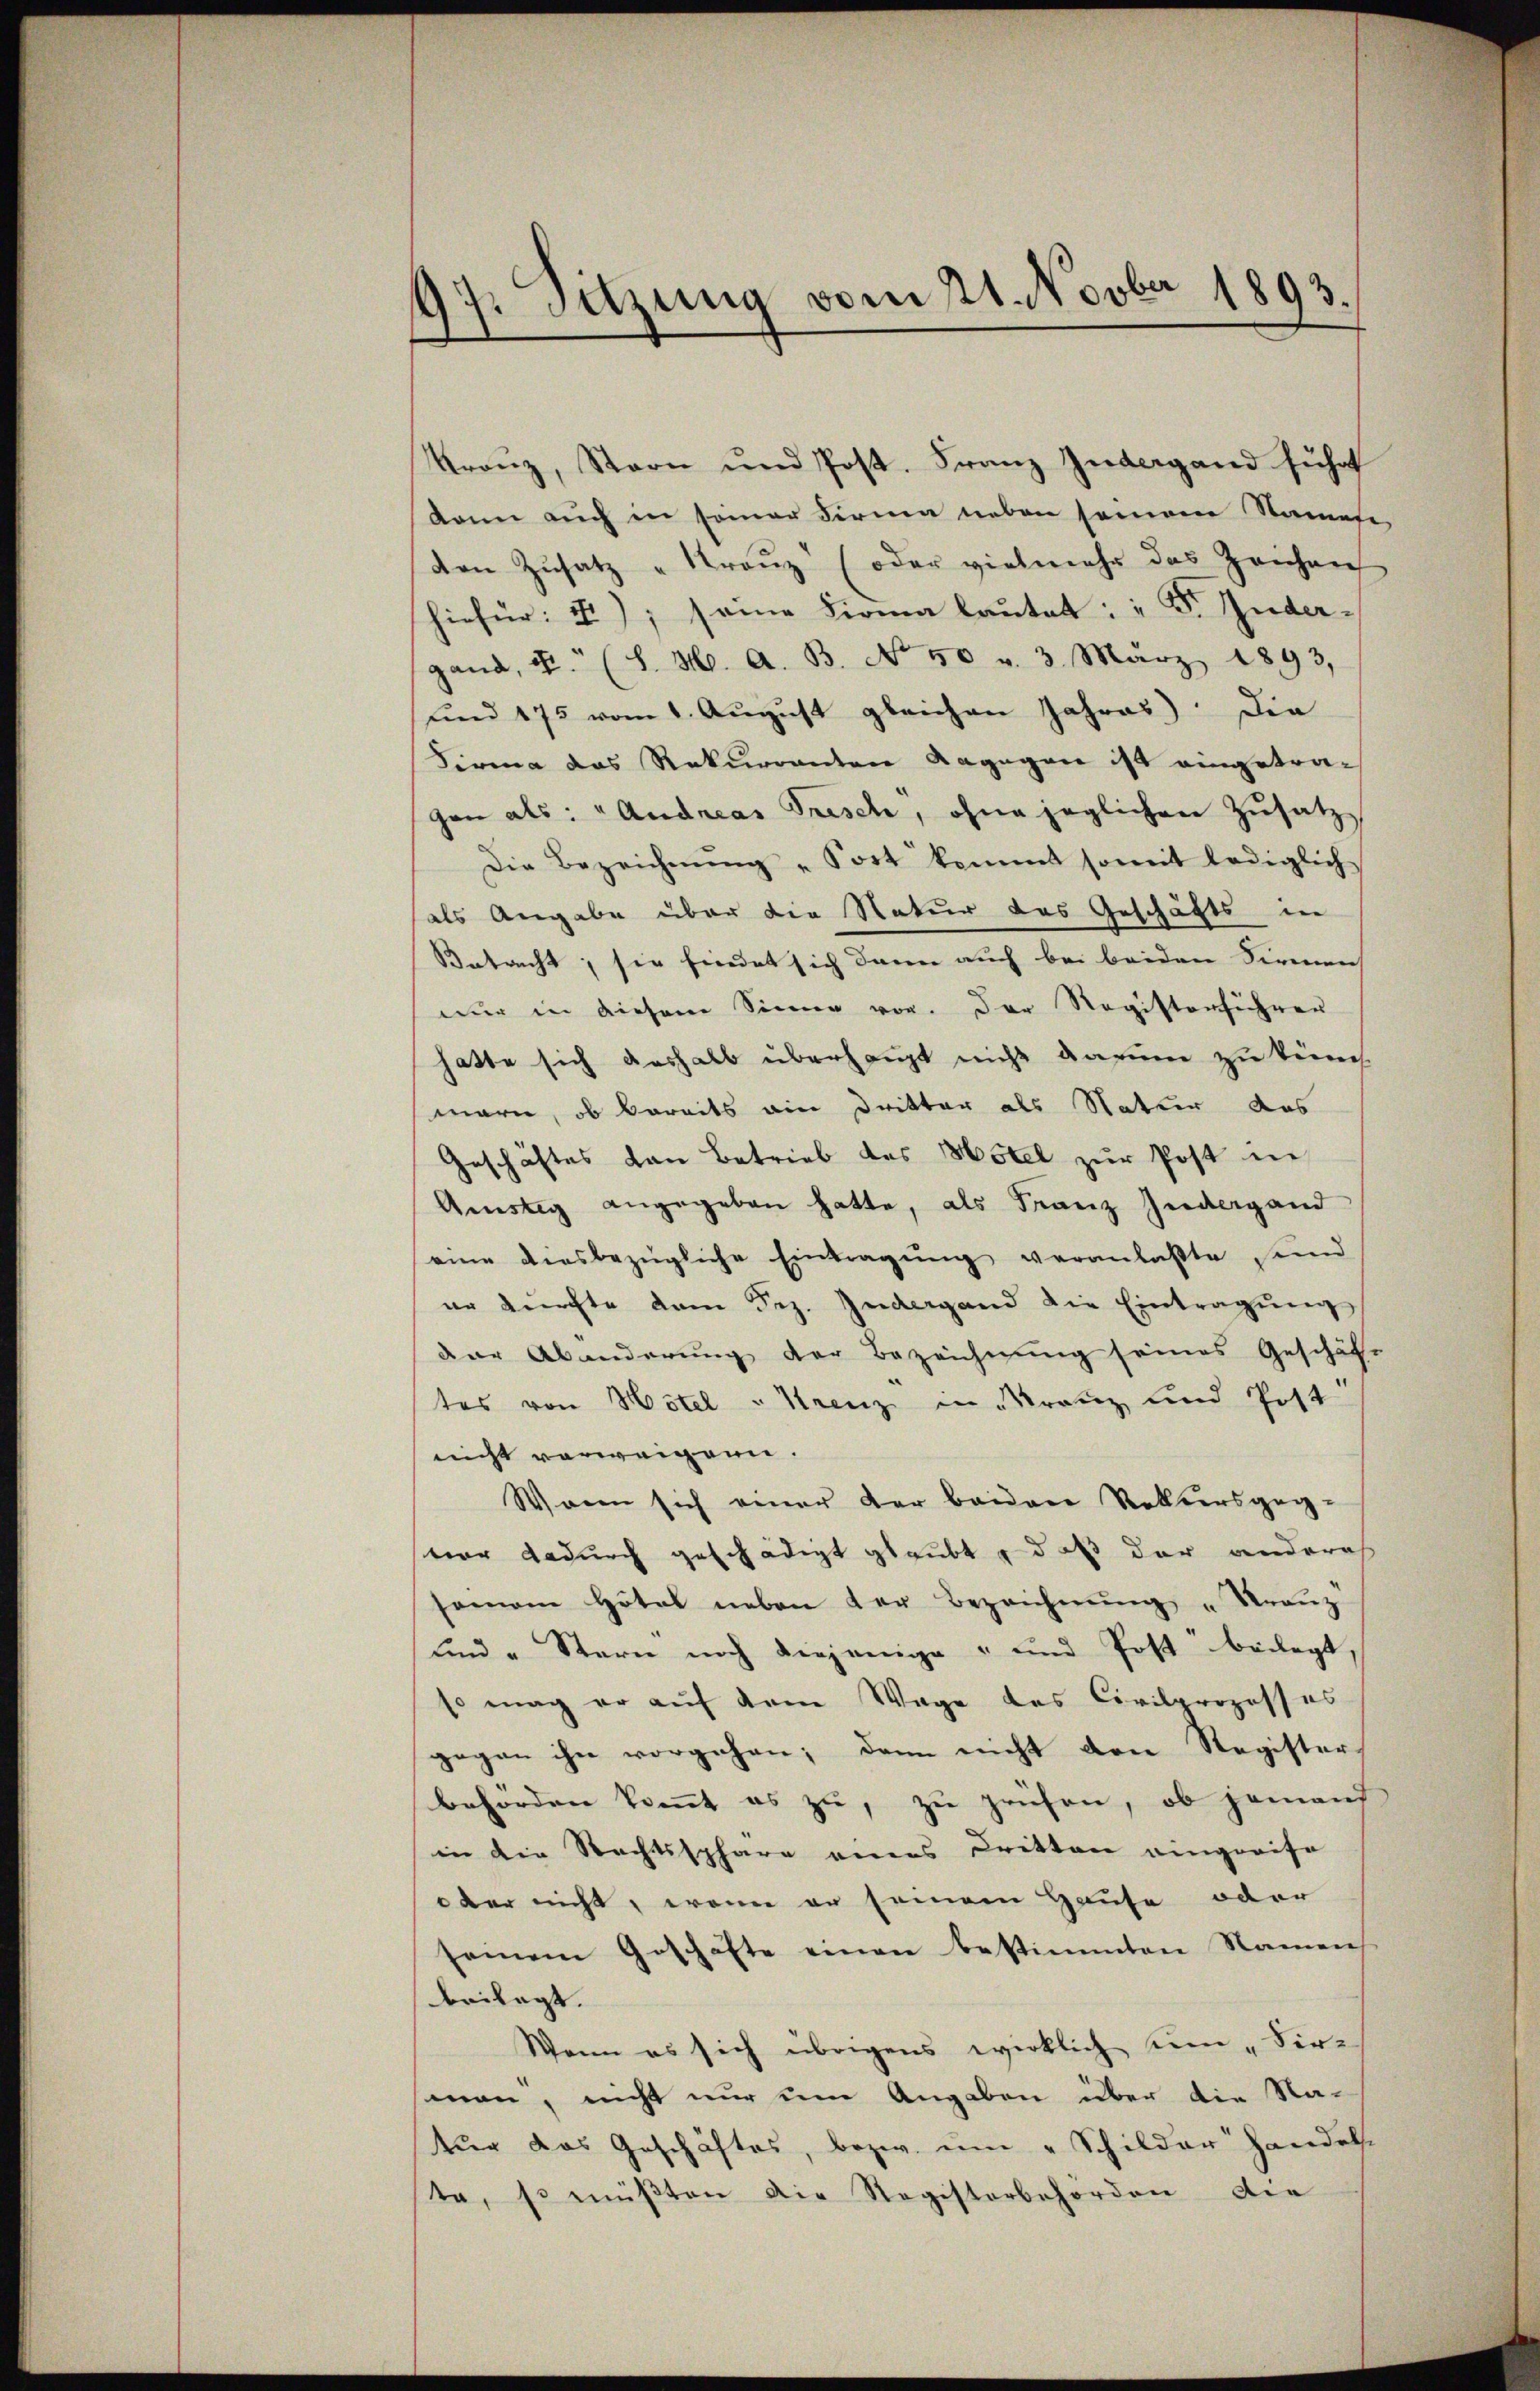
97. Sitzung vom 21. Novber 1893.

Kranz, Stern und Post. Franz Intergand führt
kann auch in seiner Firma neben seinem Namete,
den Zŭsatz "Kreŭz (oder vielmehr das Zeichen
hiefür: I); seine Firma laŭtet: " F. Zudergand, u. (S. M. A. B. No 50 v. 3. März 1893,
und 175 vom 1. August gleichen Jahres). Die
Firma das Rekurrenten dagegen ist eingetragen als: "Andreas Frisch, ohne jeglichen Zusatz
Die Bezeichnŭng "Fort kommt somit lediglich
als Angabe über die Natur des Geschäfts in
Betracht; sie findet sich dann auch bei beiden Firmen
nur in diesem Sinne vor. Der Registerführer
hatte sich deshalb überhaupt nicht darum zu kön
marn, ob bereits ein Dritter als Natur das
Geschäftes von Betrieb des Hotel zur Post in
Amstag angegeben hatte, als Franz Jedergand
eine diesbezügliche Eintragŭng veranlaßte sind
er zürchte dem Sez. Jedergand die Eintragung
der Abänderung der Bezeichnung seines Geschäfe
tes von Hotel u Krenz in Kranz und Post
nicht verweigenn.
Wann sich einer der beiden Rekursgeg-
vor dadurch geschädigt glaubt, daß der andera
samann Hotel neben der Bezeichnŭng " Franz
und " Stern noch diejenige - und Post beilegt
so mag er auf dem Wage des Civilprozesses
gegen ihn vorgehen; dann nicht den Register,
behörden kommt es zu, zu prüfen, ob jemand
in die Rechtssphäre eines Dritten eingreife
oder nicht, wenn er seinem Hause oder
seinem Geschäfte einen bestimmten Namen
beilagt.
Wenn es sich übrigens wirklich zum "Sir-
man, nicht nur um Angaben über die Na-
tur das Geschäftes, bezw. um „Schilder Handels.
ta, so müßten die Registorbehörden die